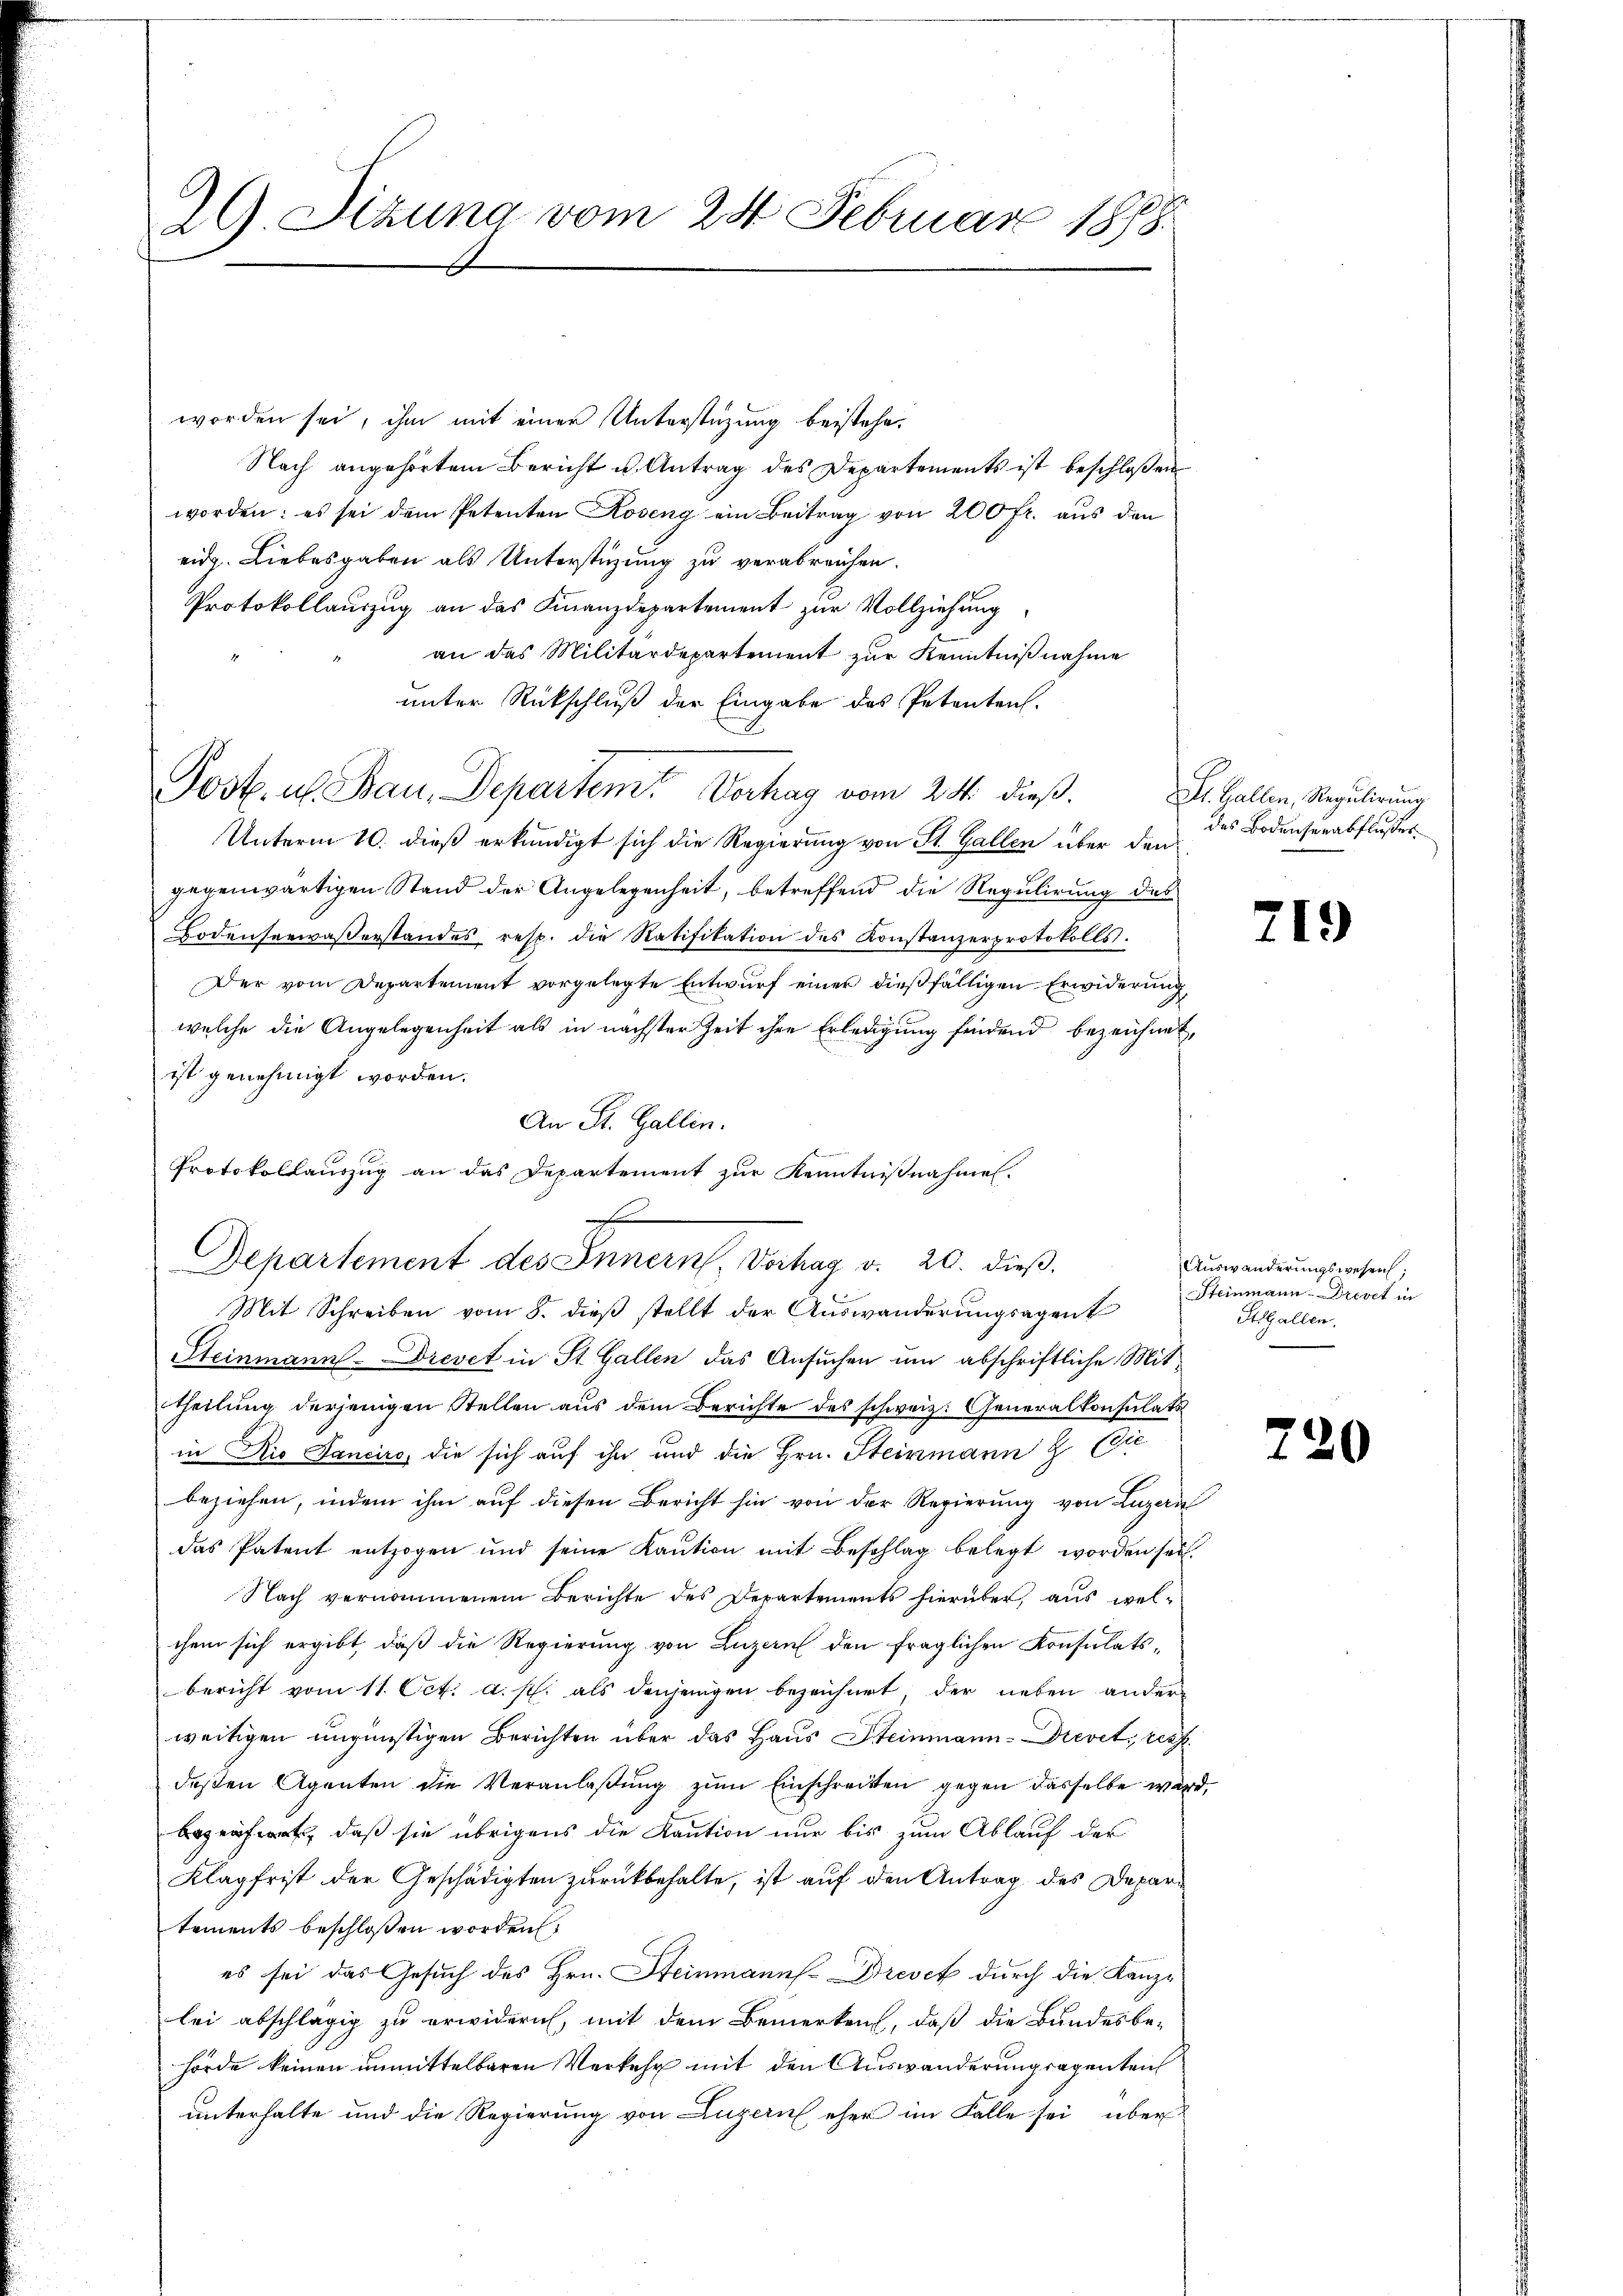
29. Sitzung vom 24. Februar 1888.

worden sei, ihm mit einer Unterstüzung beistehe.
Nach angehörtem Bericht u. Antrag des Departements ist beschloßen
worden: es sei dem Petenten Roseng ein Beitrag von 200 fr. aŭs den
eidg. Liebesgaben als Unterstüzung zu verabreichen.
Protokollauszug an das Finanzdepartement zur Vollziehung
an das Militärdepartement zur Kenntnißnahme
unter Rückschluß der Eingabe des Petenten.
Post. u. Bau, Departem Verhag vom 24. dieß. St. Gallen, Regulirung
Unterm 10. dieß erkundigt sich die Regierung von St. Gallen über den
gegenwärtigen Stand der Angelegenheit, betreffend die Regulirung des
Bodenseewaßerstandes resp. die Ratifikation des Konstanzerprotokolls.
Der vom Departement vorgelegte Entwurf einer dießfälligen Erwiderung
welche die Angelegenheit als in nächster Zeit ihre Erledigung findend bezeichnet,
ist genehmigt worden.
An St. Gallen.
Protokollauszug an das Departement zur Kenntnißnahmen.
h

Departement des Innern, Vorhag v. 20. dieβ.
Mit Schreiben vom 8. dieß stellt der Auswanderungsagent

des Bodenherabflußes.

Steinmann revet in St. Gallen das Ansuchen um abschriftliche Mittheilung derjenigen Stellen aus dem Berichte des schweiz. Generalkonsulats
in Rio Sancirs, die sich auf ihn und die Hrn. Steinmann & Cie
beziehen, indem ihm aŭf diesen Bericht hin von der Regierŭng von Luzern
das Patent entzogen und seine Kaution mit Beschlag belegt worden sei
Nach vernommenen Berichte des Departements hierüber, aus welchem sich ergibt, daß die Regierung von Luzern den fraglichen Konsulatsbericht vom 11. Oct. a. s. als denjenigen bezeichnet, der neben ander
weitigen ungünstigen Berichten über das Haus Steinmann-Drevet, rech
deßen Agenten die Veranlaßung zum Einschreiten gegen dasselbe wird.
äft, daß sie übrigens die Kaution nur bis zum Ablauf der
Klagfrist der Geschädigten zurückbehalte, ist auf den Antrag des Depari
tements beschlossen worden,
es sei das Gesuch des Hrn. Steinmanns-Brevet durch die Kanze
lei abschlägig zu erwidern, mit dem Bemerken, daß die Bundesbe-
hörde keinen unmittelbaren Verkehr mit den Auswanderungsagenten
unterhalte und die Regierung von Luzern eher im Falle sei, über

719

Auswanderungswesen,
Steinmann-Drevet in
St.Gallen.

720